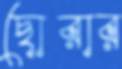
ছোরার